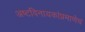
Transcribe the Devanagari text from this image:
अष्टविनायकांप्रमाणेच